Indian journal of veterinary science and animal husbandry - Volume 9,
Year: 1939
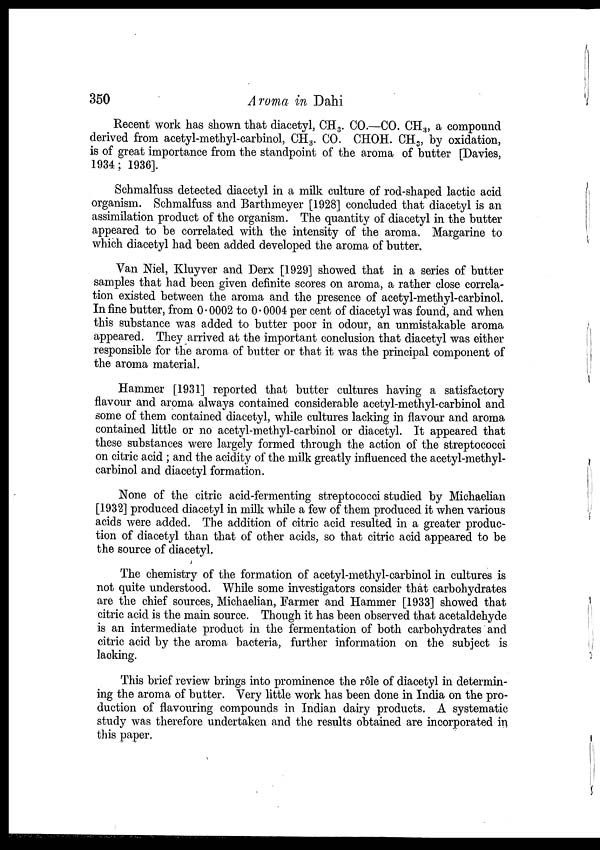
350
Aroma in Dahi
Recent work has shown that diacetyl, CH 3 . CO.—CO. CH 3 , a compound
derived from acetyl-methyl-carbinol, CH 3 . CO. CHOH. CH 3 , by oxidation,
is of great importance from the standpoint of the aroma of butter [Davies,
1934 ; 1936].
Schmalfuss detected diacetyl in a milk culture of rod-shaped lactic acid
organism. Schmalfuss and Barthmeyer [1928] concluded that diacetyl is an
assimilation product of the organism. The quantity of diacetyl in the butter
appeared to be correlated with the intensity of the aroma. Margarine to
which diacetyl had been added developed the aroma of butter.
Van Niel, Kluyver and Derx [1929] showed that in a series of butter
samples that had been given definite scores on aroma, a rather close correla-
tion existed between the aroma and the presence of acetyl-methyl-carbinol.
In fine butter, from 0.0002 to 0.0004 per cent of diacetyl was found, and when
this substance was added to butter poor in odour, an unmistakable aroma
appeared. They arrived at the important conclusion that diacetyl was either
responsible for the aroma of butter or that it was the principal component of
the aroma material.
Hammer [1931] reported that butter cultures having a satisfactory
flavour and aroma always contained considerable acetyl-methyl-carbinol and
some of them contained diacetyl, while cultures lacking in flavour and aroma
contained little or no acetyl-methyl-carbinol or diacetyl. It appeared that
these substances were largely formed through the action of the streptococci
on citric acid ; and the acidity of the milk greatly influenced the acetyl-methyl-
carbinol and diacetyl formation.
None of the citric acid-fermenting streptococci studied by Michaelian
[1932] produced diacetyl in milk while a few of them produced it when various
acids were added. The addition of citric acid resulted in a greater produc-
tion of diacetyl than that of other acids, so that citric acid appeared to be
the source of diacetyl.
The chemistry of the formation of acetyl-methyl-carbinol in cultures is
not quite understood. While some investigators consider that carbohydrates
are the chief sources, Michaelian, Farmer and Hammer [1933] showed that
citric acid is the main source. Though it has been observed that acetaldehyde
is an intermediate product in the fermentation of both carbohydrates and
citric acid by the aroma bacteria, further information on the subject is
lacking.
This brief review brings into prominence the rôle of diacetyl in determin-
ing the aroma of butter. Very little work has been done in India on the pro-
duction of flavouring compounds in Indian dairy products. A systematic
study was therefore undertaken and the results obtained are incorporated in
this paper.